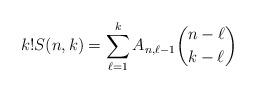
LaTeX: \begin{align*} k!S(n,k)=\sum_{\ell=1}^kA_{n,\ell-1}\binom{n-\ell}{k-\ell}\end{align*}